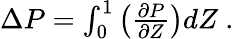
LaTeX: \begin{array}{r}{\Delta P=\int_{0}^{1}\left(\frac{\partial P}{\partial Z}\right)dZ~.}\end{array}